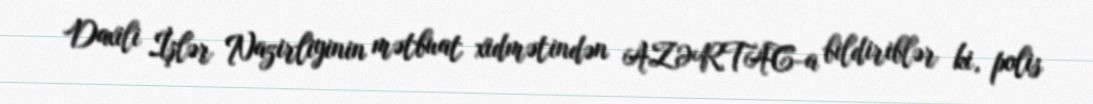
Daxili İşlər Nazirliyinin mətbuat xidmətindən AZƏRTAC-a bildiriblər ki, polis